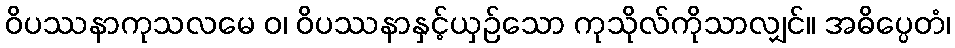
ဝိပဿနာကုသလမေ ဝ၊ ဝိပဿနာနှင့်ယှဉ်သော ကုသိုလ်ကိုသာလျှင်။ အဓိပ္ပေတံ၊